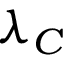
\lambda _ { C }